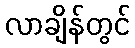
လာချိန်တွင်